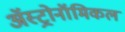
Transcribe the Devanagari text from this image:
अॅस्ट्रोनॉमिकल